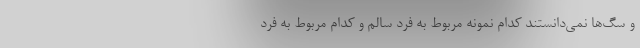
و سگ‌ها نمی‌دانستند کدام نمونه مربوط به فرد سالم و کدام مربوط به فرد